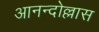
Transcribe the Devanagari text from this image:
आनन्दोल्लास